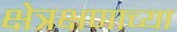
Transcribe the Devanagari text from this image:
क्षेत्रक्षणाच्या